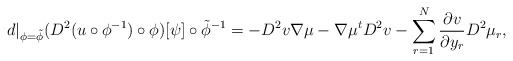
\begin{align*}d|_{\phi=\tilde{\phi}}(D^2(u\circ\phi^{-1})\circ\phi)[\psi]\circ\tilde{\phi}^{-1}=-D^2v\nabla\mu-\nabla\mu^tD^2v-\sum_{r=1}^N\frac{\partial v}{\partial y_r}D^2\mu_r,\end{align*}